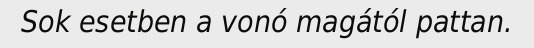
Sok esetben a vonó magától pattan.